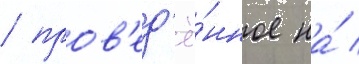
/ пров'ед'ё́нное на́ /